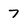
Character: 7